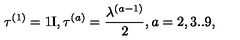
\tau ^ { ( 1 ) } = \mathrm { 1 I } , \tau ^ { ( a ) } = \frac { \lambda ^ { ( a - 1 ) } } { 2 } , a = 2 , 3 . . 9 ,